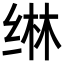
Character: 𬘭